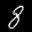
Label: 8